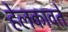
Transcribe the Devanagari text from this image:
हेलकावते